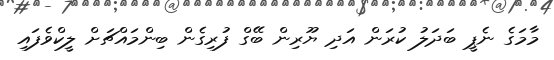
މާމަގެ ނެޕީ ބަދަލު ކުރަން އަދި ޔޫރިން ބޭގް ފުރިގެން ބިންމައްޗަށް ލީކްވެފައި